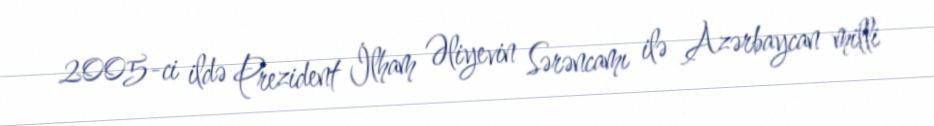
2005-ci ildə Prezident İlham Əliyevin Sərəncamı ilə Azərbaycan milli